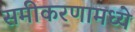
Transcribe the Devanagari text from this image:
समीकरणामध्ये